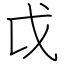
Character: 戉